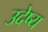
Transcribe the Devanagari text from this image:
उदेष्य